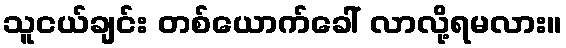
သူငယ်ချင်း တစ်ယောက်ခေါ် လာလို့ရမလား။